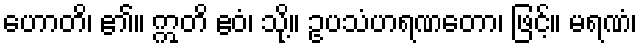
ဟောတိ၊ ၏။ ဣတိ ဧဝံ၊ သို့။ ဥပသံဟရဏတော၊ ဖြင့်။ မရဏံ၊